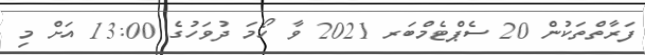
ފަރާތްތަކުން 20 ސެޕްޓެމްބަރ 2021 ވާ ހޯމަ ދުވަހުގެ 13:00 އަށް މި